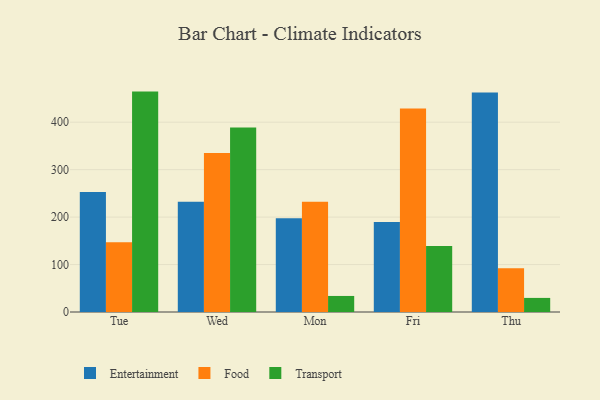
{"axis": {"x": "Day", "y": "Budget (USD K)"}, "legend": ["Entertainment", "Food", "Transport"], "data": [{"x": "Tue", "y": 252.8, "type": "Entertainment"}, {"x": "Tue", "y": 147.2, "type": "Food"}, {"x": "Tue", "y": 464.5, "type": "Transport"}, {"x": "Wed", "y": 232.4, "type": "Entertainment"}, {"x": "Wed", "y": 335.2, "type": "Food"}, {"x": "Wed", "y": 389.0, "type": "Transport"}, {"x": "Mon", "y": 197.6, "type": "Entertainment"}, {"x": "Mon", "y": 232.6, "type": "Food"}, {"x": "Mon", "y": 33.8, "type": "Transport"}, {"x": "Fri", "y": 189.5, "type": "Entertainment"}, {"x": "Fri", "y": 428.9, "type": "Food"}, {"x": "Fri", "y": 139.3, "type": "Transport"}, {"x": "Thu", "y": 462.8, "type": "Entertainment"}, {"x": "Thu", "y": 92.3, "type": "Food"}, {"x": "Thu", "y": 29.7, "type": "Transport"}]}